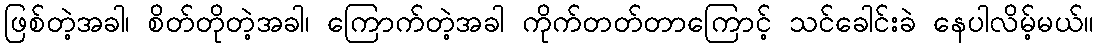
ဖြစ်တဲ့အခါ၊ စိတ်တိုတဲ့အခါ၊ ကြောက်တဲ့အခါ ကိုက်တတ်တာကြောင့် သင်ခေါင်းခဲ နေပါလိမ့်မယ်။